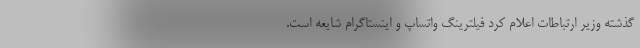
گذشته وزیر ارتباطات اعلام کرد فیلترینگ واتساپ و اینستاگرام شایعه است.